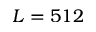
L = 5 1 2